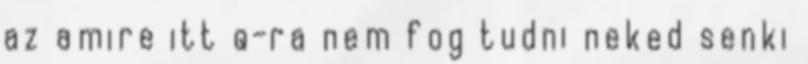
az amire itt q-ra nem fog tudni neked senki